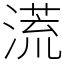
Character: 㵁